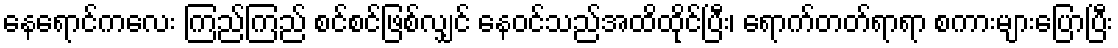
နေရောင်ကလေး ကြည်ကြည် စင်စင်ဖြစ်လျှင် နေဝင်သည်အထိထိုင်ပြီး၊ ရောက်တတ်ရာရာ စကားများပြောပြီး